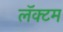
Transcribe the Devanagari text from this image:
लॅक्टम